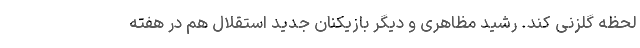
لحظه گلزنی کند. رشید مظاهری و دیگر بازیکنان جدید استقلال هم در هفته